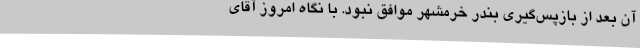
آن بعد از بازپس‌گیری بندر خرمشهر موافق نبود. با نگاه امروزِ آقای